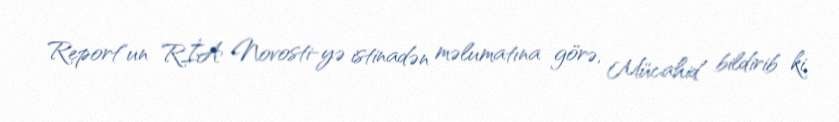
Report"un RİA Novosti-yə istinadən məlumatına görə, Mücahid bildirib ki,